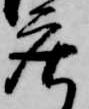
庄